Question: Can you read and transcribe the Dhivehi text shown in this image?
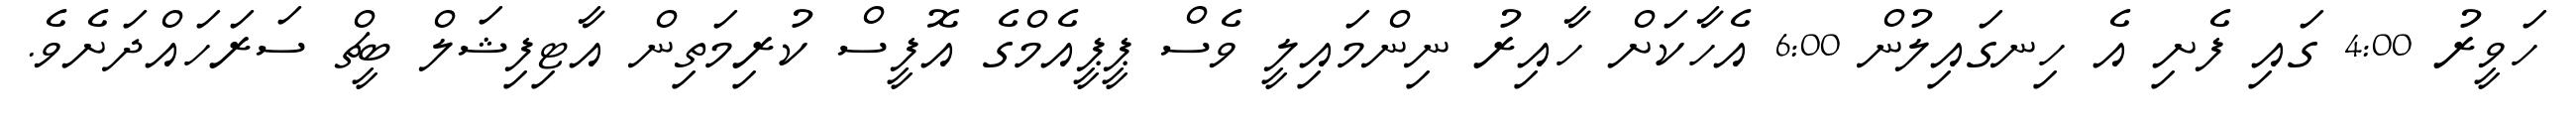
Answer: ހަވީރު 4:00 ގައި ފެށި އެ ހިނގައިލުން 6:00 އެހާކަށް ހާއިރު ނިންމައިލީ ވެސް ޕީޕީއެމްގެ އޮފީސް ކުރިމަތިން އާޓިފިޝަލް ބީޗް ސަރަހައްދަށެވެ.